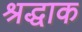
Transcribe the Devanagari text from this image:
श्रद्धाक